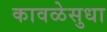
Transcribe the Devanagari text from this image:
कावळेसुधा